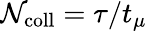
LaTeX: \mathcal{N}_{\mathrm{{coll}}}=\tau/t_{\mu}